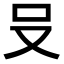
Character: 𪠲